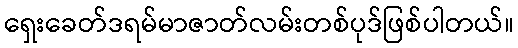
ရှေးခေတ်ဒရမ်မာဇာတ်လမ်းတစ်ပုဒ်ဖြစ်ပါတယ်။